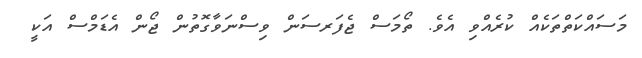
މަސައްކަތްތަކެއް ކުރެއްވި އެވެ. ތޯމަސް ޖެފަރސަން ވިސްނަވާގޮތުން ޖޯން އެޑަމްސް އަކީ